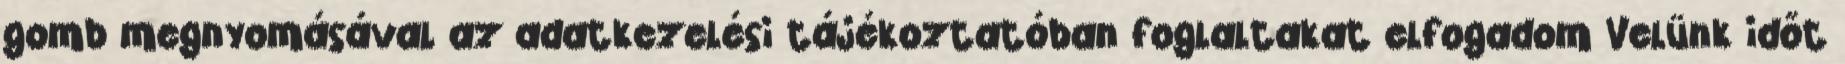
gomb megnyomásával az adatkezelési tájékoztatóban foglaltakat elfogadom Velünk időt